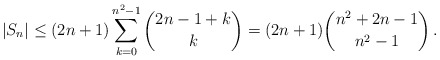
\begin{align*}|S_n|\leq (2n+1)\sum_{k=0}^{n^2-1}\binom{2n-1 +k}{k}=(2n+1)\binom{n^2+2n-1}{n^2-1}\,.\end{align*}